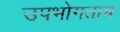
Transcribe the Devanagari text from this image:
उपभोगताच